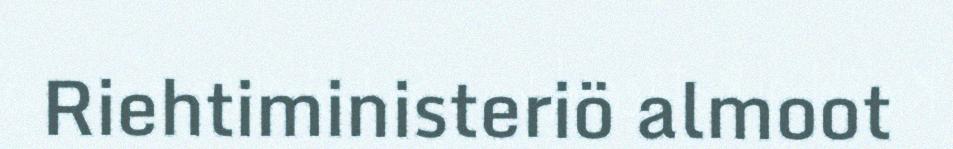
Riehtiministeriö almoot